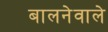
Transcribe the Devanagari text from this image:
बालनेवाले